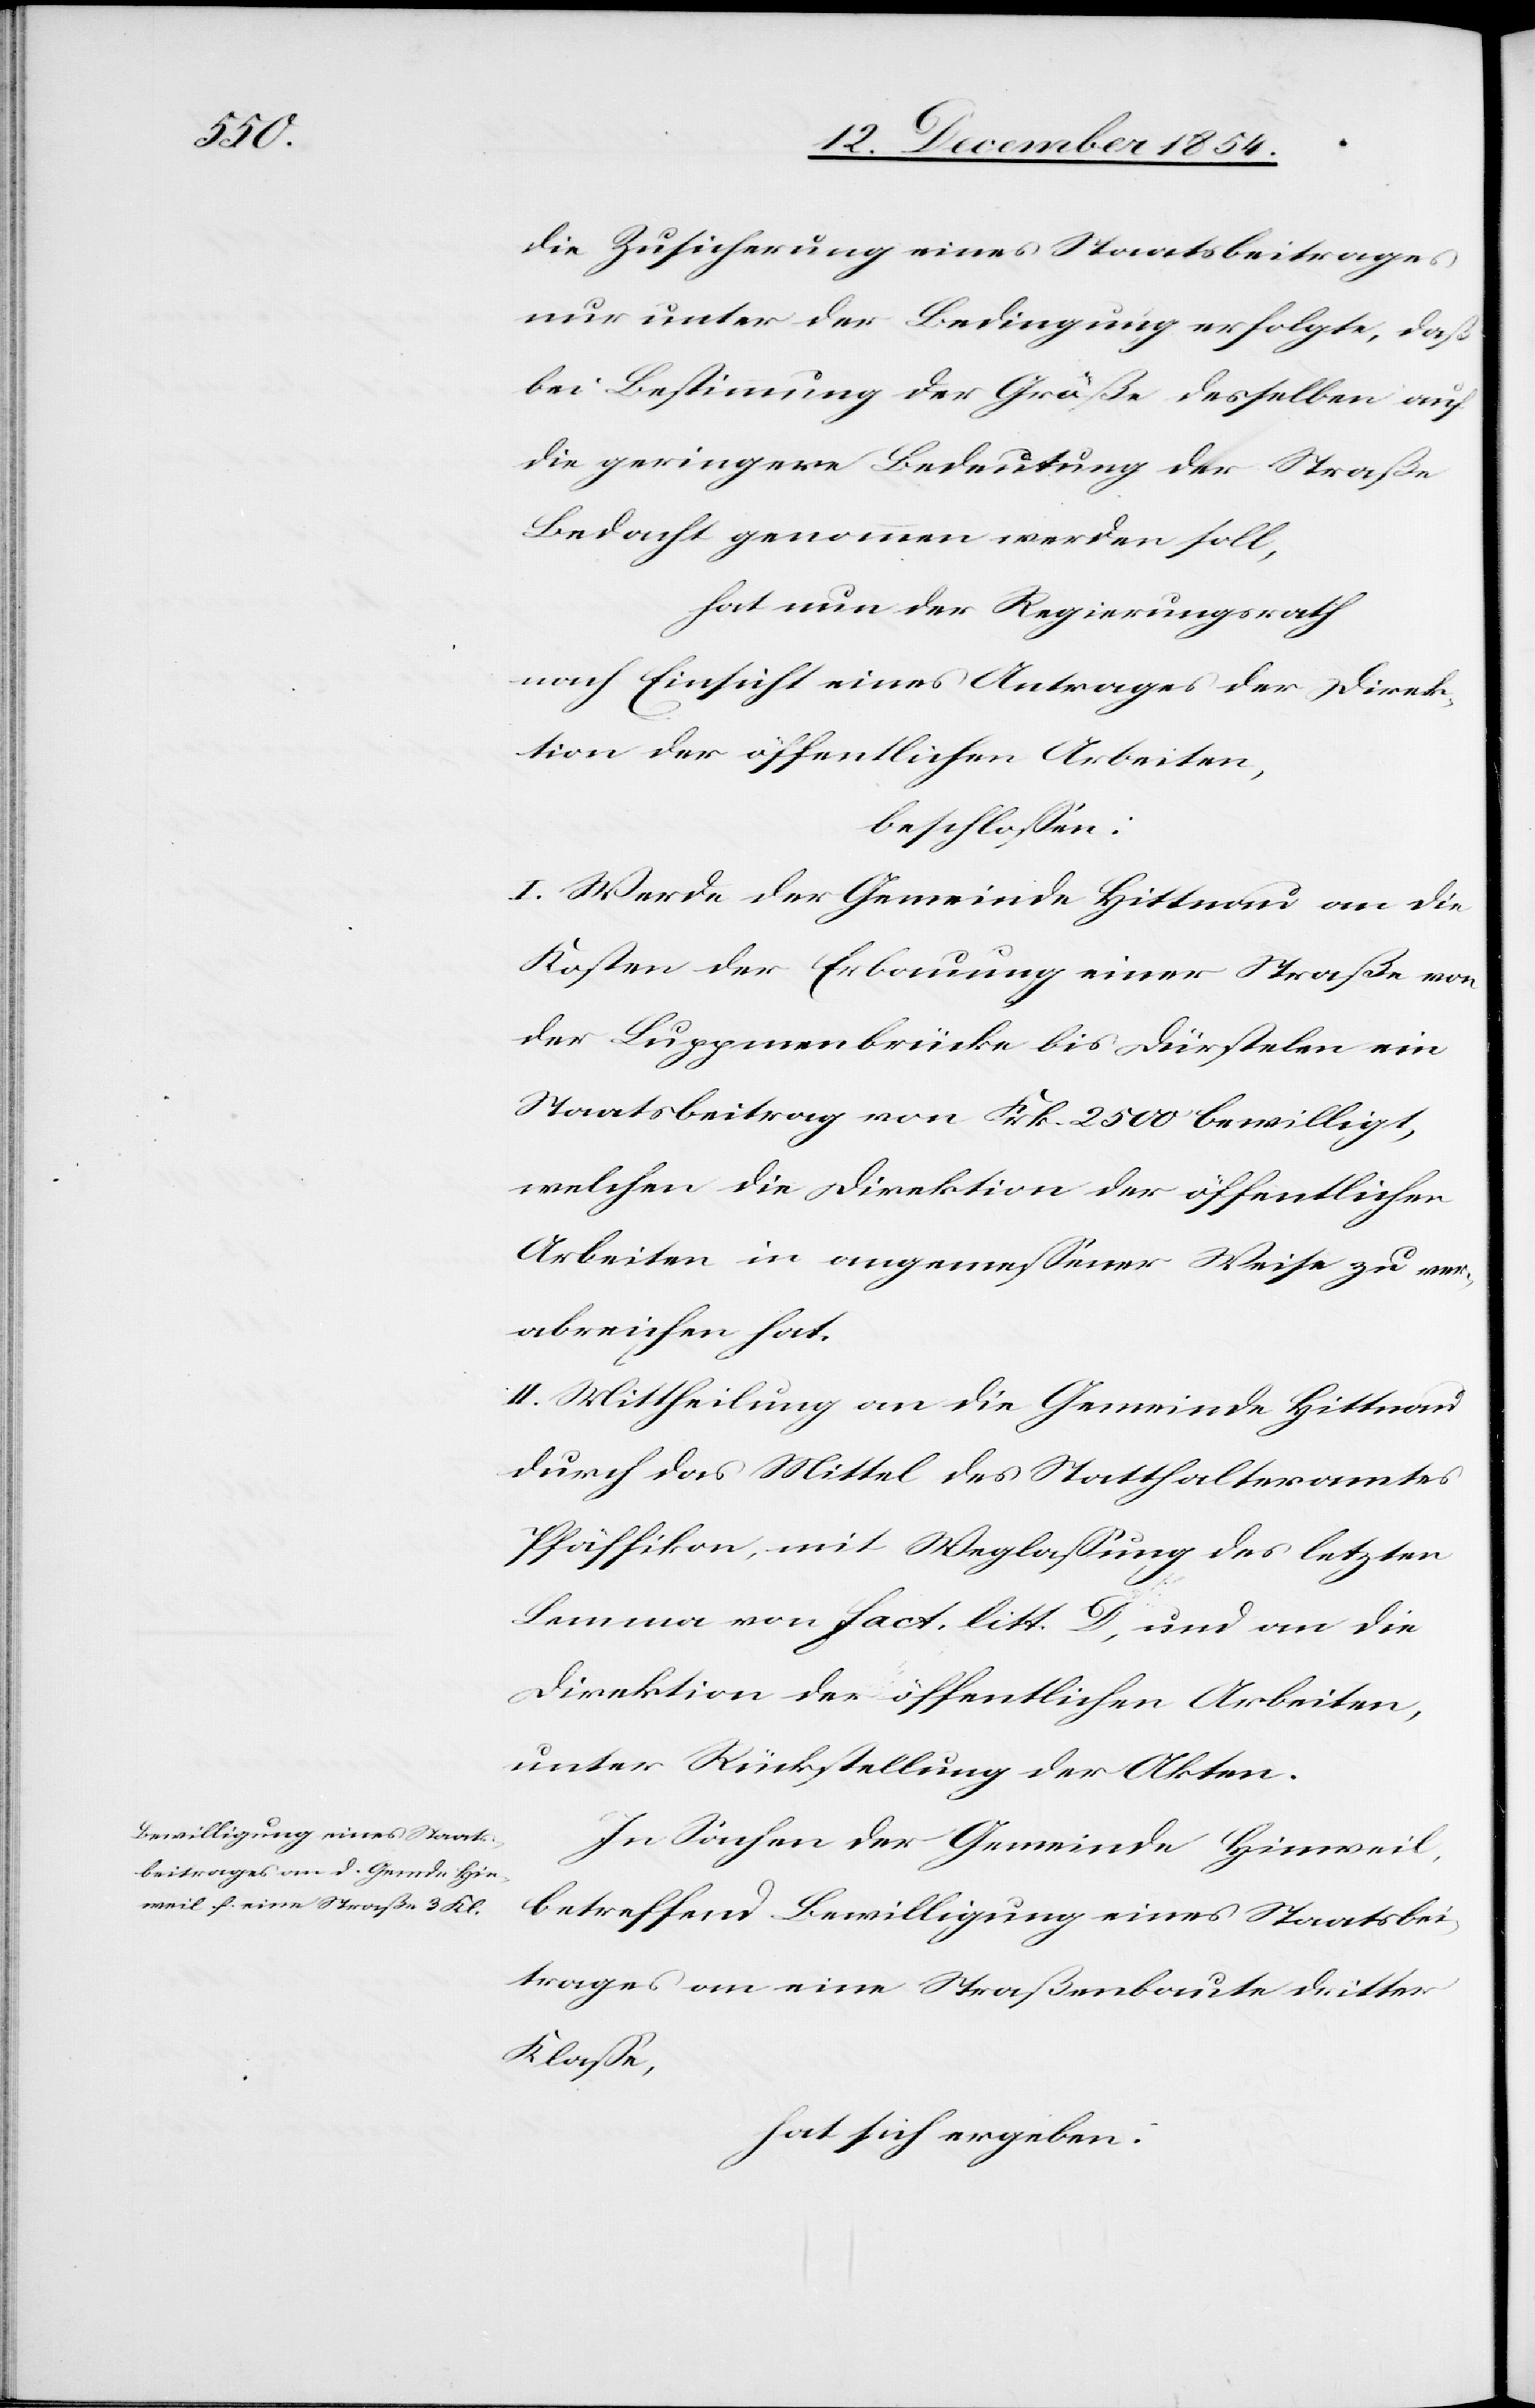
die Zusicherung eines Staatsbeitrages
nur unter der Bedingung erfolgte, daß
bei Bestimmung der Größe desselben auf
die geringere Bedeutung der Straße
Bedacht genommen werden soll,
hat nun der Regierungsrath
nach Einsicht eines Antrages der Direk¬
tion der öffentlichen Arbeiten,
beschloßen:
I. Werde der Gemeinde Hittnau an die
Kosten der Erbauung einer Straße von
der Luppmenbrücke bis Dürstelen ein
Staatsbeitrag von Frk. 2500 bewilligt,
welchen die Direktion der öffentlichen
Arbeiten in angemeßener Weise zu ver¬
abreichen hat.
II. Mittheilung an die Gemeinde Hittnau
durch das Mittel des Statthalteramtes
Pfäffikon, mit Weglaßung des letzten
Lemma von fact. litt. C, und an die
Direktion der öffentlichen Arbeiten,
unter Rückstellung der Akten.
In Sachen der Gemeinde Hinweil,
betreffend Bewilligung eines Staatsbei¬
trages an eine Straßenbaute dritter
Klaße,
hat sich ergeben: